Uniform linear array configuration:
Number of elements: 4
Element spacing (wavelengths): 1
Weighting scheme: kaiser
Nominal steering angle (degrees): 15
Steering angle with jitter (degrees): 16.285
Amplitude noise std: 0.05
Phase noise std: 0.05

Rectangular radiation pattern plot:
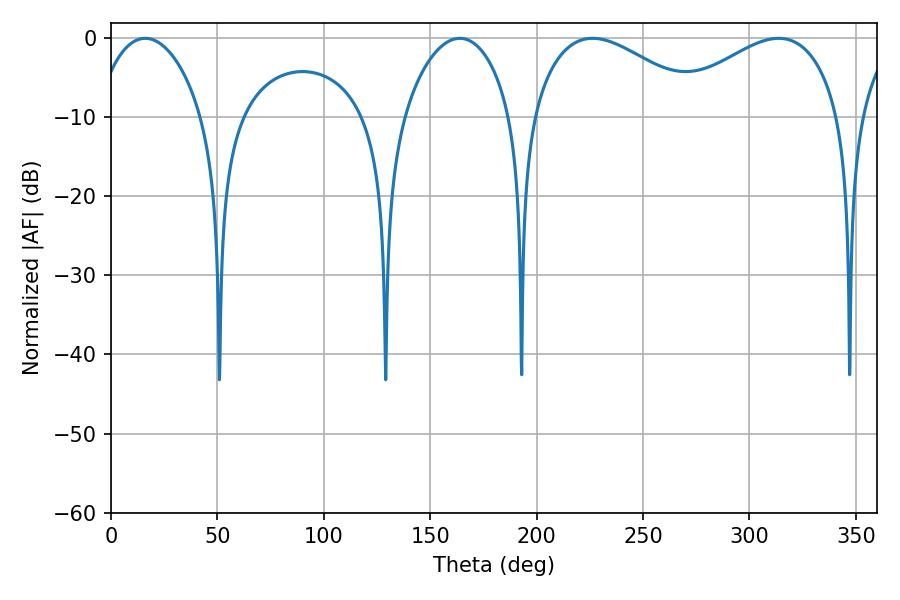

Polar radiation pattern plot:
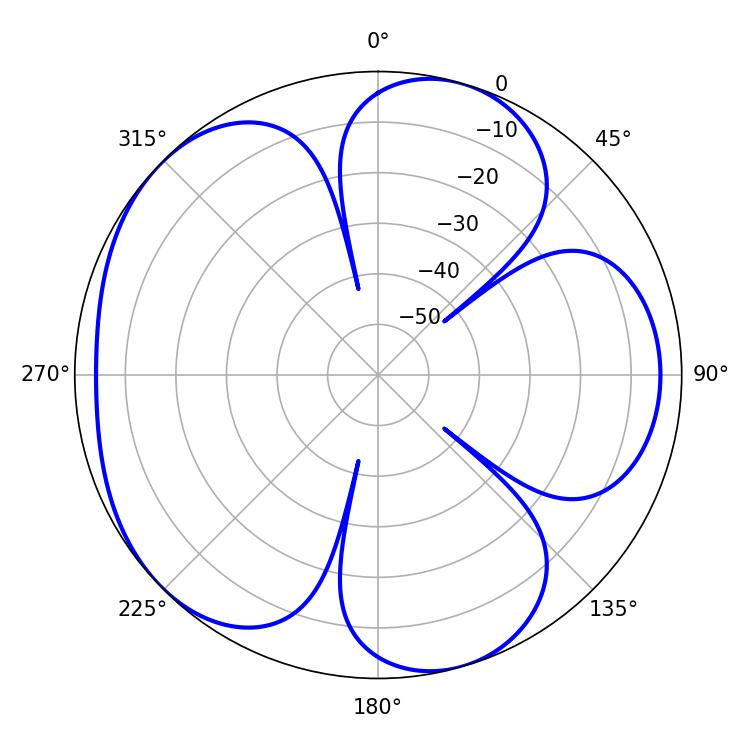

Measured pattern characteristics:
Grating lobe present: TRUE
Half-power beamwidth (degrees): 44.64
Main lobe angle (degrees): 313.74